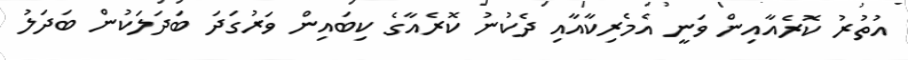
އުތުރު ކޮރެއާއިން ވަނީ އެމެރިކާއާއި ދެކުނު ކޮރެއާގެ ކިބައިން ވަރުގަދަ ބަދަލަކުން ބަދަލު